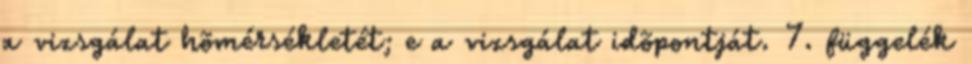
a vizsgálat hõmérsékletét; e a vizsgálat idõpontját. 7. függelék